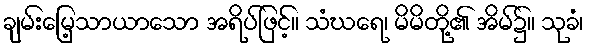
ချမ်းမြေ့သာယာသော အရိပ်ဖြင့်။ သံဃရေ၊ မိမိတို့၏ အိမ်၌။ သုခံ၊